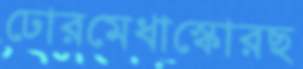
ঢোরমেধাস্কোরছ